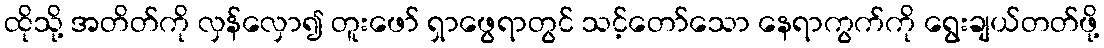
ထိုသို့ အတိတ်ကို လှန်လှော၍ တူးဖော် ရှာဖွေရာတွင် သင့်တော်သော နေရာကွက်ကို ရွေးချယ်တတ်ဖို့